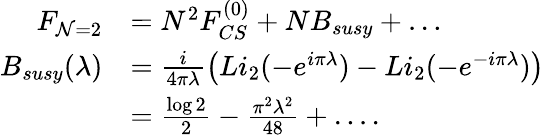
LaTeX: \begin{array}{rl}{F_{\mathcal{N}=2}}&{=N^{2}F_{CS}^{(0)}+NB_{susy}+\ldots}\\ {B_{susy}(\lambda)}&{=\frac{i}{4\pi\lambda}\left(Li_{2}(-e^{i\pi\lambda})-Li_{2}(-e^{-i\pi\lambda})\right)}\\ &{=\frac{\log 2}{2}-\frac{\pi^{2}\lambda^{2}}{48}+\ldots.}\end{array}